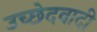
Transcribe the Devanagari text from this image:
उच्छेदवादी